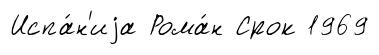
Испа́н'иjа Рома́н Срок 1969